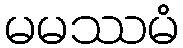
မမဿမံ